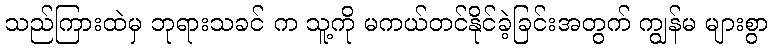
သည်ကြားထဲမှ ဘုရားသခင် က သူ့ကို မကယ်တင်နိုင်ခဲ့ခြင်းအတွက် ကျွန်မ များစွာ